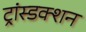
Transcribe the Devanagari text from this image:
ट्रांस्डक्शन